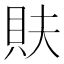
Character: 𮙳